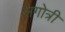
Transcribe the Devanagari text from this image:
सगोत्री